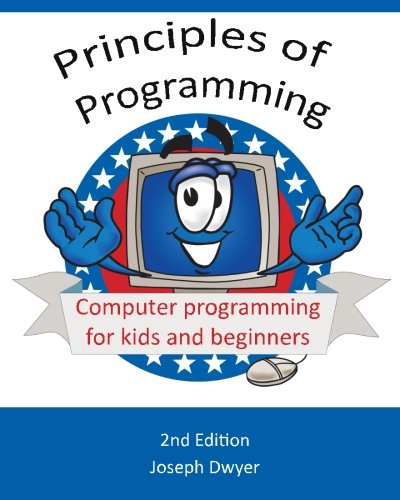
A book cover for Principles of Programming: Computer programming for kids and beginners; Joseph M Dwyer; Children's Books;